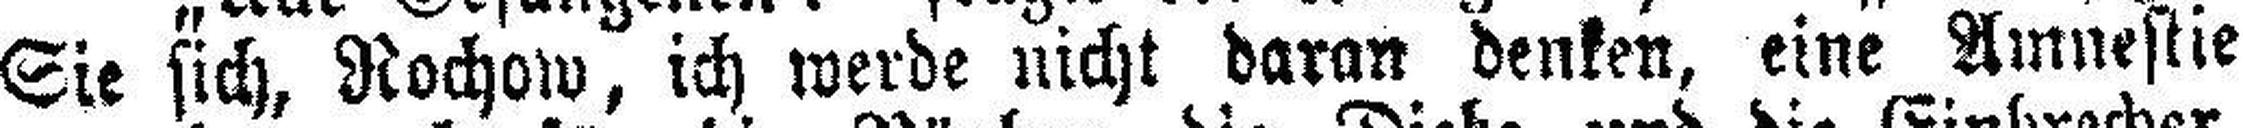
Sie sich, Rochow, ich werde nicht daran denken, eine Amnestie